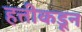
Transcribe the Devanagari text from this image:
हत्तीकडून